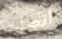
أتصلت